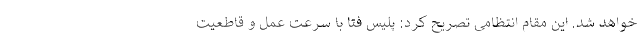
خواهد شد. این مقام انتظامی تصریح کرد: پلیس فتا با سرعت عمل و قاطعیت